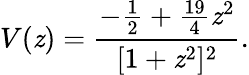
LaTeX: V(\mathit{z})=\frac{{-\frac{{1}}{{2}}+\frac{{19}}{{4}}\mathit{z}^{2}}}{{[1+\mathit{z}^{2}]^{2}}}.